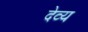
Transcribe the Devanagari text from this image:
देव्य